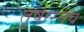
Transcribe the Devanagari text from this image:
तुषारनेच